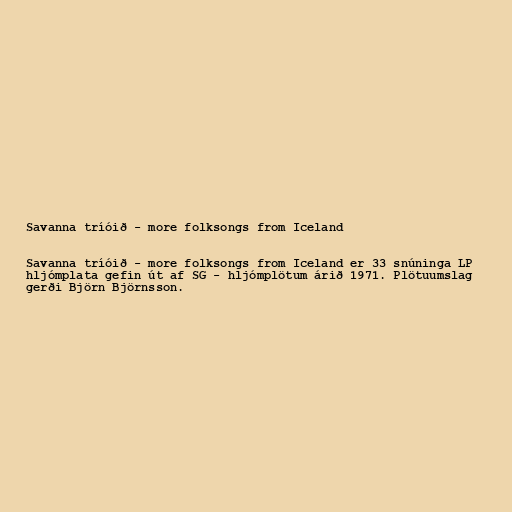
Savanna tríóið - more folksongs from Iceland

Savanna tríóið - more folksongs from Iceland er 33 snúninga LP
hljómplata gefin út af SG - hljómplötum árið 1971. Plötuumslag
gerði Björn Björnsson.